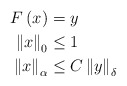
\begin{align*}F\left( x\right) & =y\\\left\Vert x\right\Vert _{0} & \leq1\\\left\Vert x\right\Vert _{\alpha} & \leq C\left\Vert y\right\Vert _{\delta}\end{align*}